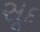
સૂદ